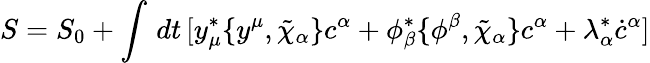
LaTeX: S=S_{0}+\int\, dt\, [y_{\mu}^{*}\{ y^{\mu},\tilde{\chi}_{\alpha}\} c^{\alpha}+\phi_{\beta}^{*}\{ \phi^{\beta},\tilde{\chi}_{\alpha}\} c^{\alpha}+\lambda_{\alpha}^{*}\dot{c}^{\alpha}]